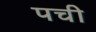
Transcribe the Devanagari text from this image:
पची